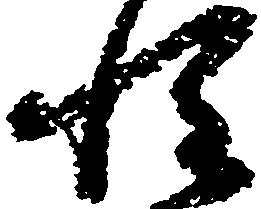
惶